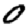
Digit: 0